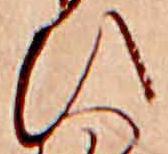
ひ